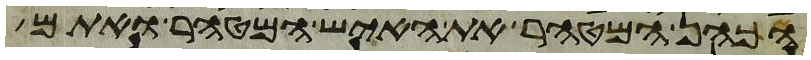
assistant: הכהן המטהר את האיש המטהר ואתם